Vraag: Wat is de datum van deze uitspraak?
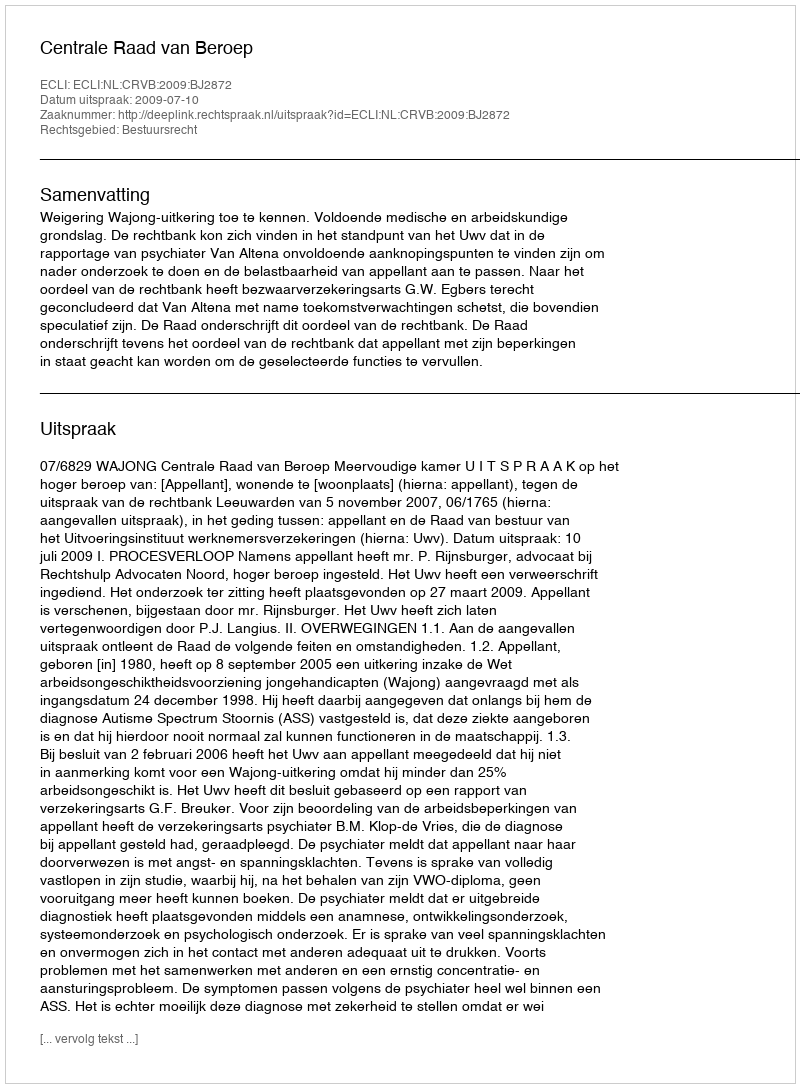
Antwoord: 2009-07-10